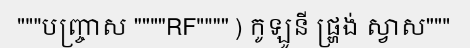
"""បញ្ច្រាស """"RF"""" ) កូឡូនី ផ្ហ្រង់ ស្វាស"""